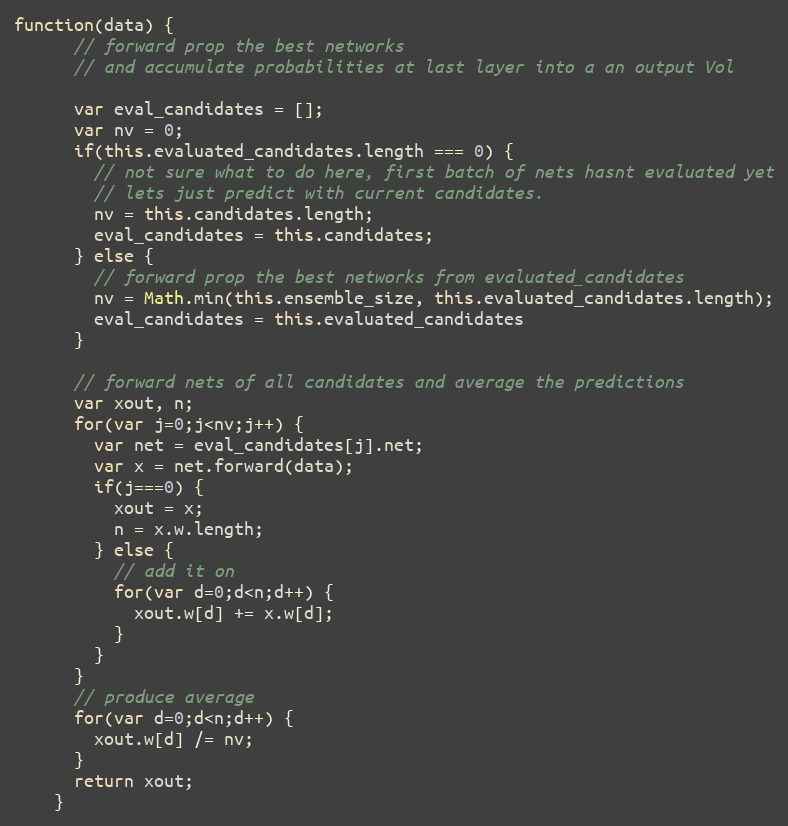
Language: JavaScript
function(data) {
      // forward prop the best networks
      // and accumulate probabilities at last layer into a an output Vol

      var eval_candidates = [];
      var nv = 0;
      if(this.evaluated_candidates.length === 0) {
        // not sure what to do here, first batch of nets hasnt evaluated yet
        // lets just predict with current candidates.
        nv = this.candidates.length;
        eval_candidates = this.candidates;
      } else {
        // forward prop the best networks from evaluated_candidates
        nv = Math.min(this.ensemble_size, this.evaluated_candidates.length);
        eval_candidates = this.evaluated_candidates
      }

      // forward nets of all candidates and average the predictions
      var xout, n;
      for(var j=0;j<nv;j++) {
        var net = eval_candidates[j].net;
        var x = net.forward(data);
        if(j===0) {
          xout = x;
          n = x.w.length;
        } else {
          // add it on
          for(var d=0;d<n;d++) {
            xout.w[d] += x.w[d];
          }
        }
      }
      // produce average
      for(var d=0;d<n;d++) {
        xout.w[d] /= nv;
      }
      return xout;
    }